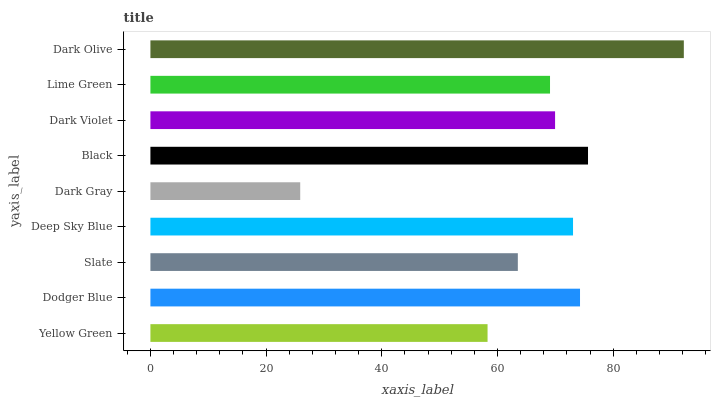
| yaxis_label | bars |
 | --- | --- |
 | Yellow Green | 58.3 |
 | Dodger Blue | 74.3 |
 | Slate | 63.5 |
 | Deep Sky Blue | 73.1 |
 | Dark Gray | 25.9 |
 | Black | 75.6 |
 | Dark Violet | 70 |
 | Lime Green | 69.1 |
 | Dark Olive | 92.2 |